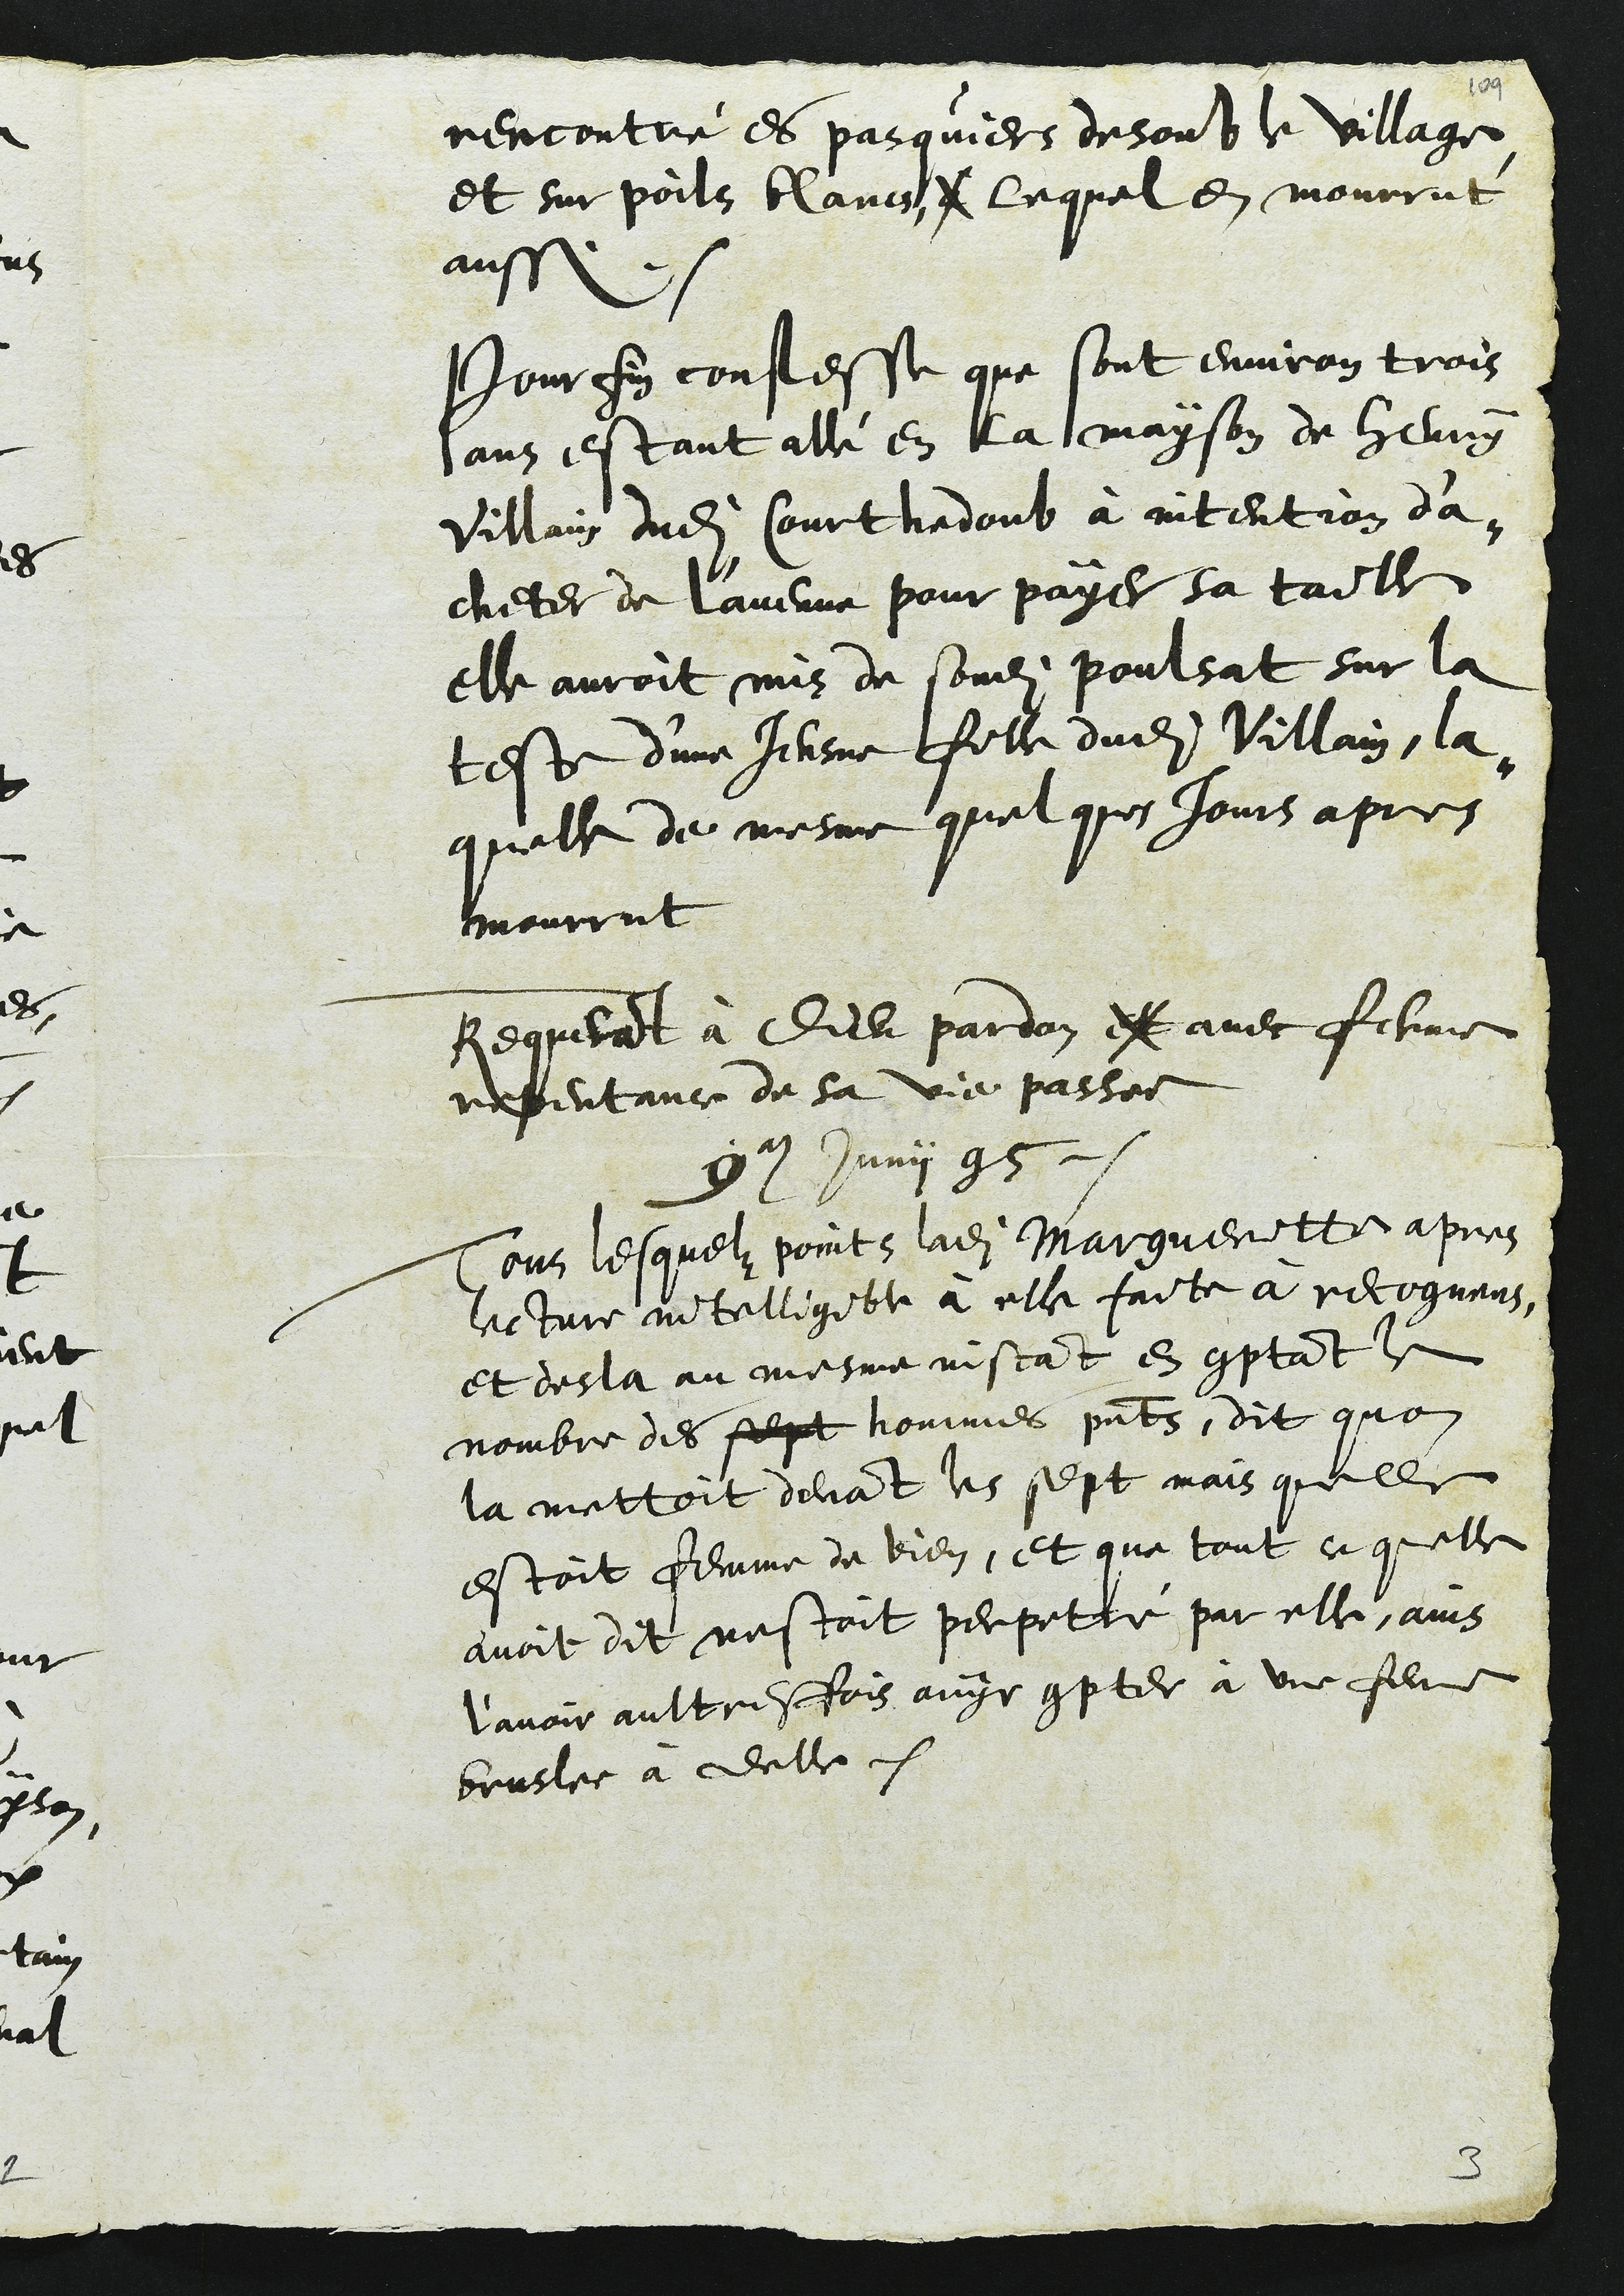
rencontré es pasquiers desoub le village
et sur poils blanc, c lequel en mourrut
aussi
Pour fin confesse que sont environ trois
ans estant allé en la mayson de Henry
Villain dudit Courthedoub à intention d'a¬
cheter de l'avenne pour payer sa taille
elle auroit mis de sondit poulsat sur la
teste d'une Jeusne fille dudit Villain, la¬
quelle de mesme quelques jours apres
mourrut
Requerant à Dieu pardon et avec ferme
repentance de sa vie passee
9e Junii 95
Tous lesquelz points ladite Margueritte apres
lecture intelligible à elle faite à recogneus
et desla au mesme instant en comptant le
nombre des sept hommes presents, dit quon
la mettoit devant les sept mais quelle
estoit femme de bien, et que tout ce quelle
avoit dit nestoit perpetré par elle, ains
l’avoir aultresfois ouyr compter à une femme
bruslee à delle.

3